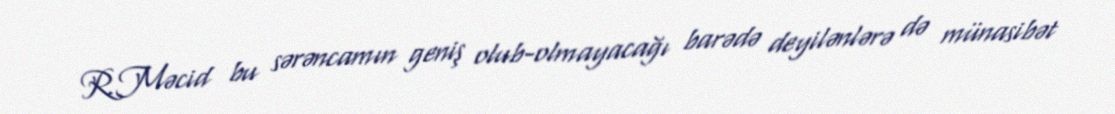
R.Məcid bu sərəncamın geniş olub-olmayacağı barədə deyilənlərə də münasibət